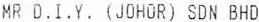
MR D.T.Y. (JOHOR) SDN BHD